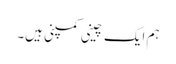
ہم ایک چینی کمپنی ہیں۔